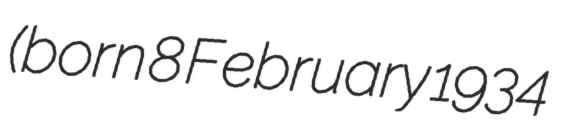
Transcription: (born 8 February 1934